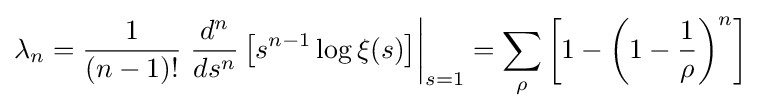
\lambda _{n}={\frac {1}{(n-1)!}}\left.{\frac {d^{n}}{ds^{n}}}\left[s^{n-1}\log \xi (s)\right]\right|_{s=1}=\sum _{\rho }\left[1-\left(1-{\frac {1}{\rho }}\right)^{n}\right]